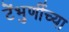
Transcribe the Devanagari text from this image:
टेंभुर्णीच्या